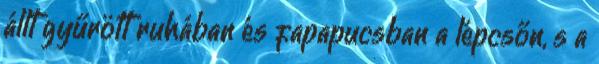
állt gyűrött ruhában és fapapucsban a lépcsőn, s a